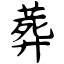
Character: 葬